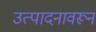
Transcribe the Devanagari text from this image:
उत्पादनावरून